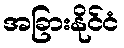
အခြားနိုင်ငံ